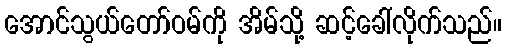
အောင်သွယ်တော်ဝမ်ကို အိမ်သို့ ဆင့်ခေါ်လိုက်သည်။